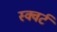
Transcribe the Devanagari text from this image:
स्क्वर्ट